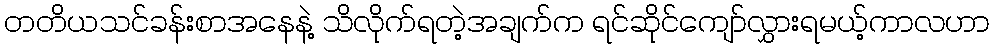
တတိယသင်ခန်းစာအနေနဲ့ သိလိုက်ရတဲ့အချက်က ရင်ဆိုင်ကျော်လွှားရမယ့်ကာလဟာ